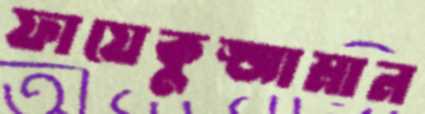
ফায়েকুজ্জামান